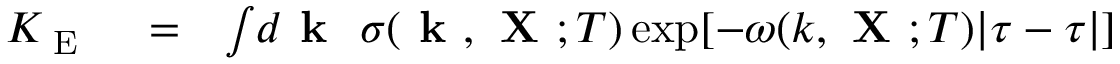
\begin{array} { r l r } { K _ { \textrm { E } } } & { { } = } & { \int \! d { \textbf { k } } \ \sigma ( { \textbf { k } } , { \textbf { X } } ; T ) \exp [ - \omega ( k , { \textbf { X } } ; T ) | \tau - \tau | ] } \end{array}